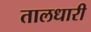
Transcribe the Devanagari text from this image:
तालधारी